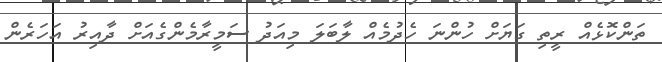
ތަންކޮޅެއް ރީތި ގަޔަށް ހުންނަ ހެދުމެއް ލާބަލަ މިއަދު ސަމީރާމެންގެއަށް ދާއިރު އަހަރެން